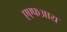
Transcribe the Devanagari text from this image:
एएफआय